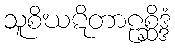
သူစိဃဋိတာဠစ္ဆိဒ္ဒံ